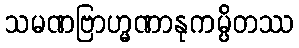
သမဏဗြာဟ္မဏာနုကမ္ပိတဿ